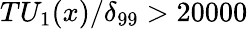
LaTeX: TU_{1}(x)/\delta_{99}>20000